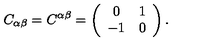
C _ { \alpha \beta } = C ^ { \alpha \beta } = \left( \begin{array} { c c } { 0 } & { 1 } \\ { - 1 } & { 0 } \\ \end{array} \right) .